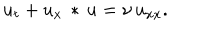
u _ { t } + u _ { x } \, * \, u = \nu \, u _ { x x } .